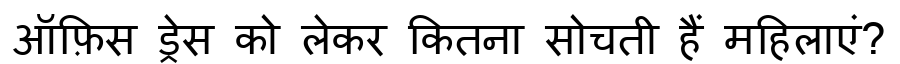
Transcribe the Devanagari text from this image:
ऑफ़िस ड्रेस को लेकर कितना सोचती हैं महिलाएं?